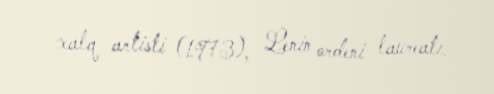
xalq artisti (1973), Lenin ordeni laureatı.